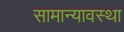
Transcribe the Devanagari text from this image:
सामान्यावस्था